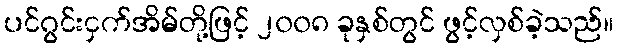
ပင်ဂွင်းငှက်အိမ်တို့ဖြင့် ၂၀၀၈ ခုနှစ်တွင် ဖွင့်လှစ်ခဲ့သည်။